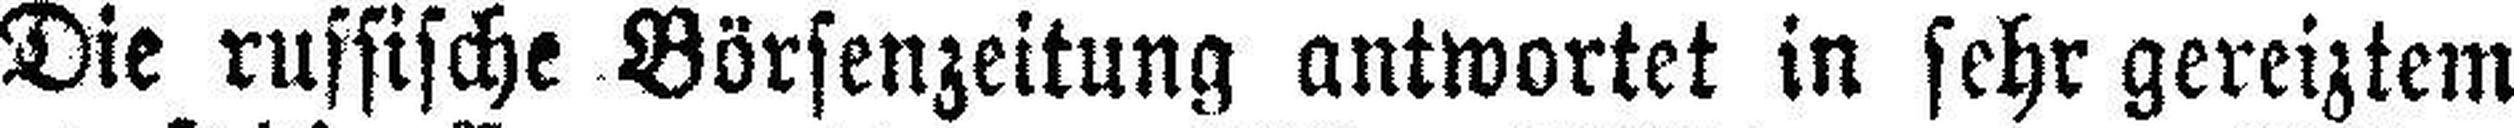
Die russische Börsenzeitung antwortet in sehr gereiztem